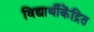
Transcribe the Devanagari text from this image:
विद्यार्थीकेंद्रित